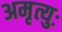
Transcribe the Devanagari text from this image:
अमृत्युः